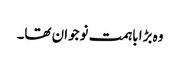
وہ بڑا باہمت نوجوان تھا۔